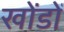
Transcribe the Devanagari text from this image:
खोंडों